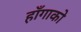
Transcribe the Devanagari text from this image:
हाँगाको